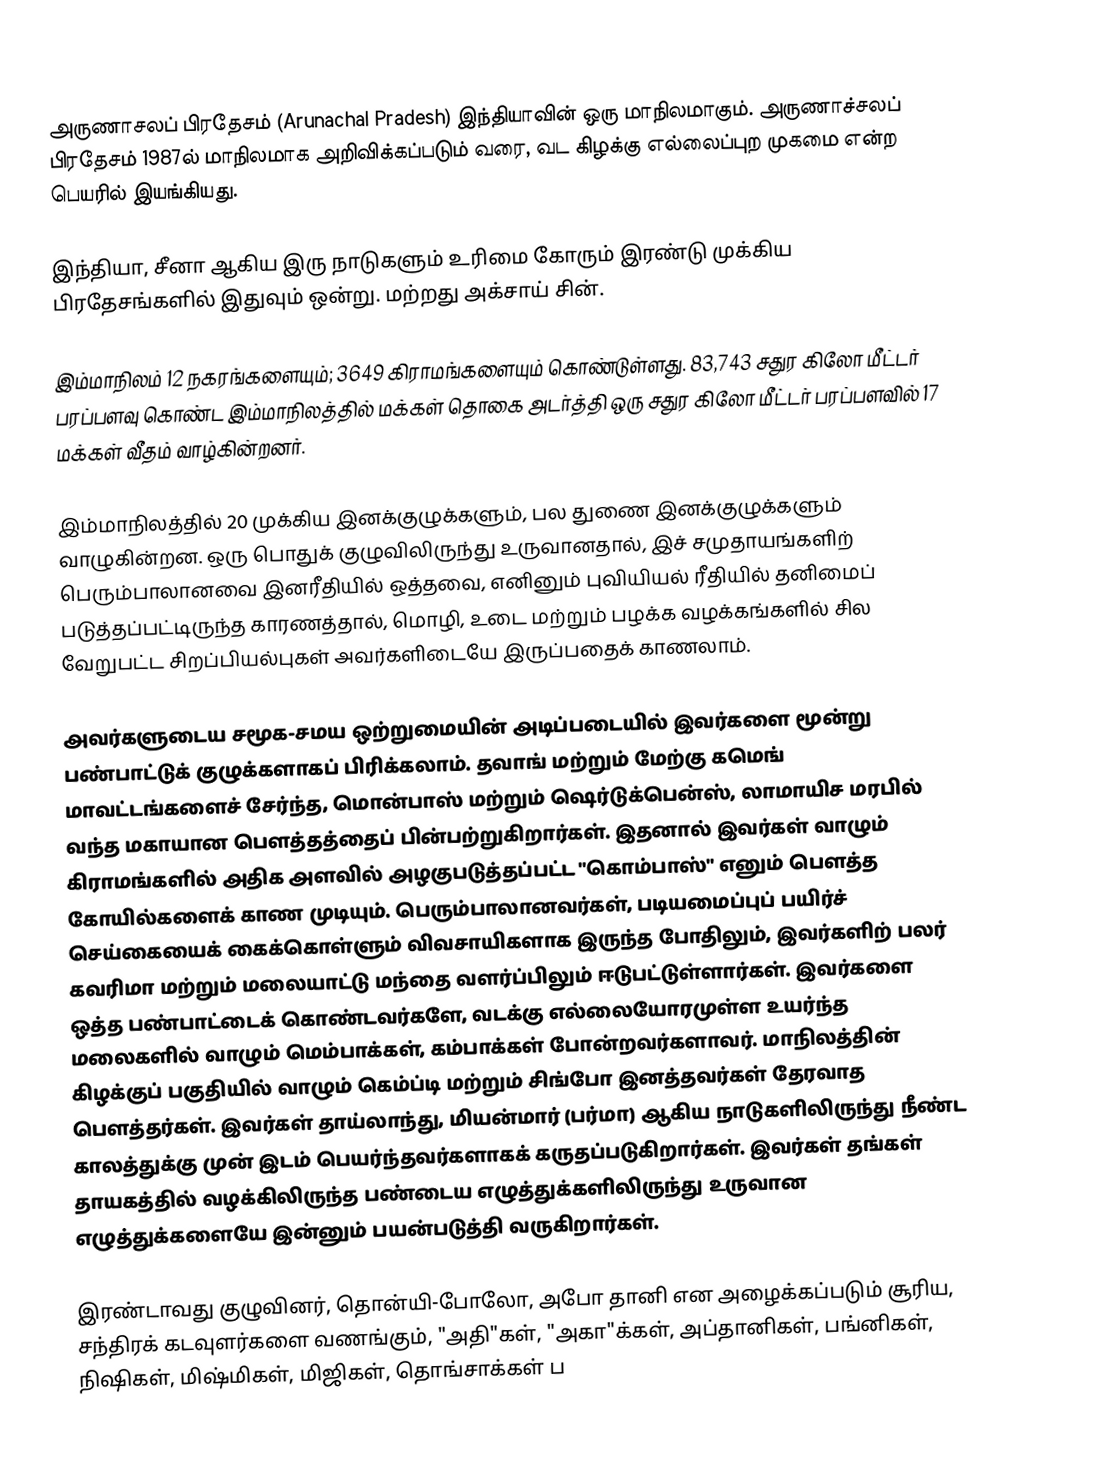
அருணாசலப் பிரதேசம் (Arunachal Pradesh) இந்தியாவின் ஒரு மாநிலமாகும். அருணாச்சலப் பிரதேசம் 1987ல் மாநிலமாக அறிவிக்கப்படும் வரை, வட கிழக்கு எல்லைப்புற முகமை என்ற பெயரில் இயங்கியது.

இந்தியா, சீனா ஆகிய இரு நாடுகளும் உரிமை கோரும் இரண்டு முக்கிய பிரதேசங்களில் இதுவும் ஒன்று. மற்றது அக்சாய் சின்.

இம்மாநிலம் 12 நகரங்களையும்; 3649 கிராமங்களையும் கொண்டுள்ளது. 83,743 சதுர கிலோ மீட்டர் பரப்பளவு கொண்ட இம்மாநிலத்தில் மக்கள் தொகை அடர்த்தி ஒரு சதுர கிலோ மீட்டர் பரப்பளவில் 17  மக்கள் வீதம் வாழ்கின்றனர்.

இம்மாநிலத்தில் 20 முக்கிய இனக்குழுக்களும், பல துணை இனக்குழுக்களும் வாழுகின்றன. ஒரு பொதுக் குழுவிலிருந்து உருவானதால், இச் சமுதாயங்களிற் பெரும்பாலானவை இனரீதியில் ஒத்தவை, எனினும் புவியியல் ரீதியில் தனிமைப் படுத்தப்பட்டிருந்த காரணத்தால், மொழி, உடை மற்றும் பழக்க வழக்கங்களில் சில வேறுபட்ட சிறப்பியல்புகள் அவர்களிடையே இருப்பதைக் காணலாம்.

அவர்களுடைய சமூக-சமய ஒற்றுமையின் அடிப்படையில் இவர்களை மூன்று பண்பாட்டுக் குழுக்களாகப் பிரிக்கலாம். தவாங் மற்றும் மேற்கு கமெங் மாவட்டங்களைச் சேர்ந்த, மொன்பாஸ் மற்றும் ஷெர்டுக்பென்ஸ், லாமாயிச மரபில் வந்த மகாயான பௌத்தத்தைப் பின்பற்றுகிறார்கள். இதனால் இவர்கள் வாழும் கிராமங்களில் அதிக அளவில் அழகுபடுத்தப்பட்ட "கொம்பாஸ்" எனும் பௌத்த கோயில்களைக் காண முடியும். பெரும்பாலானவர்கள், படியமைப்புப் பயிர்ச் செய்கையைக் கைக்கொள்ளும் விவசாயிகளாக இருந்த போதிலும், இவர்களிற் பலர் கவரிமா மற்றும் மலையாட்டு மந்தை வளர்ப்பிலும் ஈடுபட்டுள்ளார்கள். இவர்களை ஒத்த பண்பாட்டைக் கொண்டவர்களே, வடக்கு எல்லையோரமுள்ள உயர்ந்த மலைகளில் வாழும் மெம்பாக்கள், கம்பாக்கள் போன்றவர்களாவர். மாநிலத்தின் கிழக்குப் பகுதியில் வாழும் கெம்ப்டி மற்றும் சிங்போ இனத்தவர்கள் தேரவாத பௌத்தர்கள். இவர்கள் தாய்லாந்து, மியன்மார் (பர்மா) ஆகிய நாடுகளிலிருந்து நீண்ட காலத்துக்கு முன் இடம் பெயர்ந்தவர்களாகக் கருதப்படுகிறார்கள். இவர்கள் தங்கள் தாயகத்தில் வழக்கிலிருந்த பண்டைய எழுத்துக்களிலிருந்து உருவான எழுத்துக்களையே இன்னும் பயன்படுத்தி வருகிறார்கள்.

இரண்டாவது குழுவினர், தொன்யி-போலோ, அபோ தானி என அழைக்கப்படும் சூரிய, சந்திரக் கடவுளர்களை வணங்கும், "அதி"கள், "அகா"க்கள், அப்தானிகள், பங்னிகள், நிஷிகள், மிஷ்மிகள், மிஜிகள், தொங்சாக்கள் ப